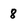
Character: 8